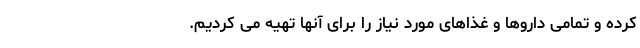
کرده و تمامی داروها و غذاهای مورد نیاز را برای آنها تهیه می کردیم.